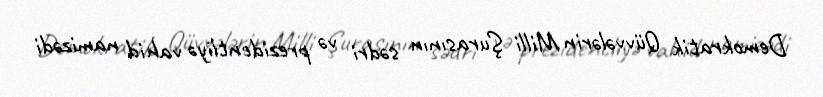
Demokratik Qüvvələrin Milli Şurasının sədri və prezidentliyə vahid namizədi